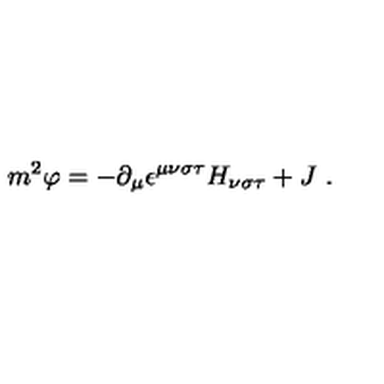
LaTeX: m ^ { 2 } \varphi = - \partial _ { \mu } \epsilon ^ { \mu \nu \sigma \tau } H _ { \nu \sigma \tau } + J \ .